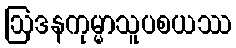
ဩဒနကုမ္မာသူပစယဿ